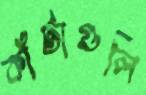
কাঁটাগুলি